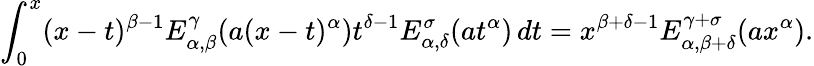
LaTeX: \int_{0}^{x}(x-t)^{\beta-1}E_{\alpha,\beta}^{\gamma}(a(x-t)^{\alpha})t^{\delta-1}E_{\alpha,\delta}^{\sigma}(at^{\alpha})\, dt=x^{\beta+\delta-1}E_{\alpha,\beta+\delta}^{\gamma+\sigma}(ax^{\alpha}).